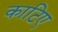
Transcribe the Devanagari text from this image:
काटिए